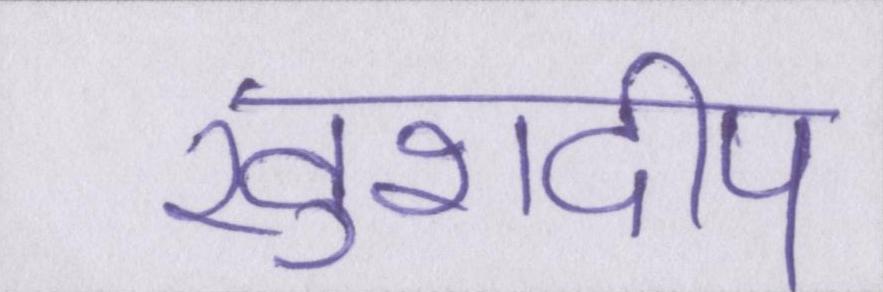
खुशदीप